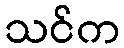
သင်က